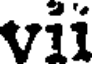
vii